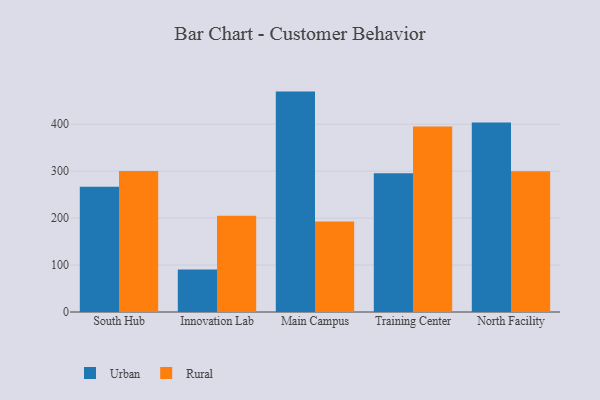
{"axis": {"x": "Campus", "y": "Energy Usage (MWh)"}, "legend": ["Rural", "Urban"], "data": [{"x": "South Hub", "y": 266.6, "type": "Urban"}, {"x": "South Hub", "y": 300.4, "type": "Rural"}, {"x": "Innovation Lab", "y": 90.4, "type": "Urban"}, {"x": "Innovation Lab", "y": 205.0, "type": "Rural"}, {"x": "Main Campus", "y": 469.4, "type": "Urban"}, {"x": "Main Campus", "y": 192.6, "type": "Rural"}, {"x": "Training Center", "y": 295.5, "type": "Urban"}, {"x": "Training Center", "y": 395.0, "type": "Rural"}, {"x": "North Facility", "y": 403.6, "type": "Urban"}, {"x": "North Facility", "y": 299.6, "type": "Rural"}]}